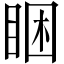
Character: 睏